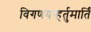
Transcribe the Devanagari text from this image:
विगणयन्हर्तुमार्तिं